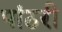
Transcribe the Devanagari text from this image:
पांठरी